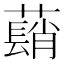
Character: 𦿃